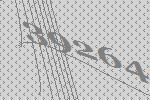
39264